Indian journal of veterinary science and animal husbandry - Volume 4,
Year: 1934
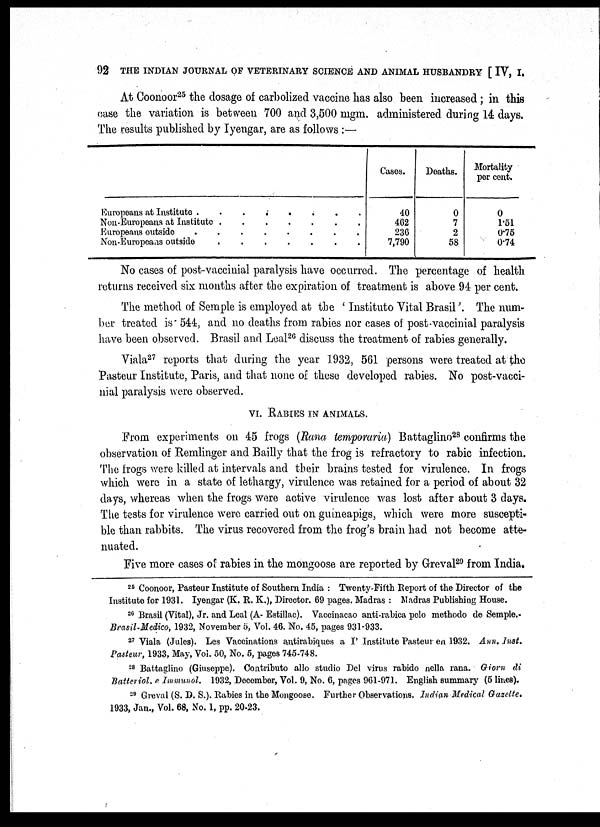
92 THE INDIAN JOURNAL OF VETERINARY SCIENCE AND ANIMAL HUSBANDRY [ IV, I.
At Coonoor 25 the dosage of carbolized vaccine has also been increased; in this
case the variation is between 700 and 3,500 mgm. administered during 14 days.
The results published by Iyengar, are as follows :—
Europeans at Institute
........
Non-Europeans at Institute
Europeans outside .......
Non-Europeans outside
.......
Cases.
40
462
236
7,790
Deaths.
0
7
2
58
Mortality
per cent.
0
1.51
0.75
0.74
No cases of post-vaccinial paralysis have occurred. The percentage of health
returns received six months after the expiration of treatment is above 94 per cent.
The method of Semple is employed at the ' Instituto Vital Brasil '. The num-
ber treated is 544, and no deaths from rabies nor cases of post-vaccinial paralysis
have been observed. Brasil and Leal 26 discuss the treatment of rabies generally.
Viala 27 reports that during the year 1932, 561 persons were treated at the
Pasteur Institute, Paris, and that none of these developed rabies. No post-vacci-
nial paralysis were observed.
VI. RABIES IN ANIMALS.
From experiments on 45 frogs (Rana temporaria) Battaglino 28 confirms the
observation of Remlinger and Bailly that the frog is refractory to rabic infection.
The frogs were killed at intervals and their brains tested for virulence. In frogs
which were in a state of lethargy, virulence was retained for a period of about 32
days, whereas when the frogs were active virulence was lost after about 3 days.
The tests for virulence were carried out on guineapigs, which were more suscepti-
ble than rabbits. The virus recovered from the frog's brain had not become atte-
nuated.
Five more cases of rabies in the mongoose are reported by Greval 29 from India.
25 Coonoor, Pasteur Institute of Southern India : Twenty-Fifth Report of the Director of the
Institute for 1931. Iyengar (K. R. K.), Director. 69 pages. Madras : Madras Publishing House.
26 Brasil (Vital), Jr. and Leal (A- Estillac). Vaccinacao anti-rabica pelo methodo de Semple.
Brasil.Medico, 1932, November 5, Vol. 46. No. 45, pages 931-933.
27 Viala (Jules). Les Vaccinations antirabiques a I' Institute Pasteur en 1932. Ann Inst.
Pasteur, 1933, May, Vol. 50, No. 5, pages 745-748.
28 Battaglino (Giuseppe). Contributo allo studio Del virus rabido nella rana. Giorn di
Batteriol. e Immunol. 1932, December, Vol. 9, No. 6, pages 961-971. English summary (5 lines).
29 Greval (S. D. S.). Rabies in the Mongoose. Further Observations. Indian Medical Gazette.
1933, Jan., Vol. 68, No. 1, pp. 20-23.